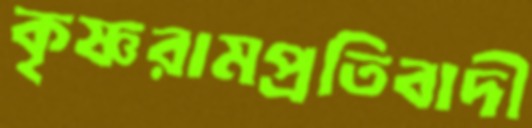
কৃষ্ণরামপ্রতিবাদী